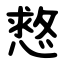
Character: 慦